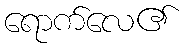
ရောက်လေ၏